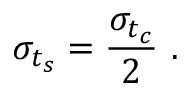
\sigma _ { t _ { s } } = \frac { \sigma _ { t _ { c } } } { 2 } ~ .